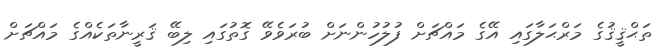
ތަޙްޤީޤުގެ މަރްޙަލާގައި އޭގެ މައްޗަށް ފުލުހުންނަށް ބުރަވެވޭ ގޮތުގައި ލިބޭ ޤަރީނާތަކެއްގެ މައްޗަށް